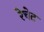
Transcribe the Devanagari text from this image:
रेचेट